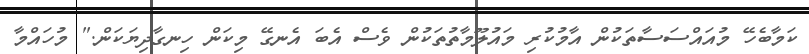
ކަމާބެހޭ މުއައްސަސާތަކުން އާމުކުރި މައުލޫމާތުތަކުން ވެސް އެބަ އެނގޭ މިކަން ހިނގާދިޔަކަން." މުހައްމާ